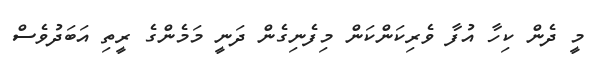
މީ ދެން ކިހާ އުފާ ވެރިކަންކަން މިފެނިގެން ދަނީ މަމެންގެ ރީތި އަބަދުވެސް